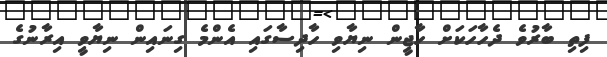
ފިތި ބާރުވެ ދެހާހަކަށް ހާޖީން ނިޔާވި ހާދިސާގައި އެންމެ ގިނައިން ނިޔާވީ އިރާނުގެ